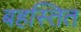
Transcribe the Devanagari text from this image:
बहस्तित